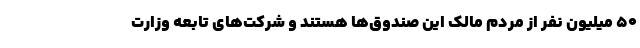
۵۰ میلیون نفر از مردم مالک این صندوق‌ها هستند و شرکت‌های تابعه وزارت